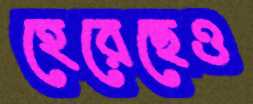
হেরেছেও